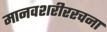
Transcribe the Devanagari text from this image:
मानवशरीररचना